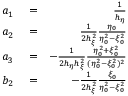
\begin{array} { r l r } { a _ { 1 } } & { { } = } & { \frac { 1 } { h _ { \eta } } } \\ { a _ { 2 } } & { { } = } & { \frac { 1 } { 2 h _ { \xi } ^ { 2 } } \frac { \eta _ { 0 } } { \eta _ { 0 } ^ { 2 } - \xi _ { 0 } ^ { 2 } } } \\ { a _ { 3 } } & { { } = } & { - \frac { 1 } { 2 h _ { \eta } h _ { \xi } ^ { 2 } } \frac { \eta _ { 0 } ^ { 2 } + \xi _ { 0 } ^ { 2 } } { ( \eta _ { 0 } ^ { 2 } - \xi _ { 0 } ^ { 2 } ) ^ { 2 } } } \\ { b _ { 2 } } & { { } = } & { - \frac { 1 } { 2 h _ { \xi } ^ { 2 } } \frac { \xi _ { 0 } } { \eta _ { 0 } ^ { 2 } - \xi _ { 0 } ^ { 2 } } } \end{array}